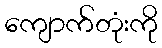
ကျောက်တုံးကို